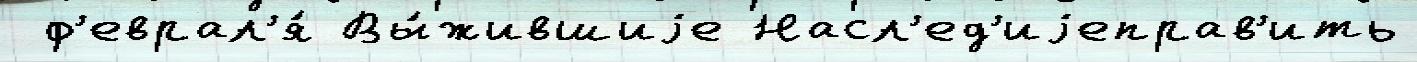
 ф'еврал'я́ Вы́жившиjе Насл'ед'иjеправ'ить